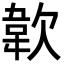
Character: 𩎗